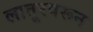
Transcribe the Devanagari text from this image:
लातूरवरून